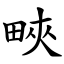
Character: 㽠